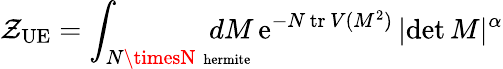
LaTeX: \mathcal{Z}_{\mathrm{{UE}}}=\int_{N\timesN\, \mathrm{{\scriptsize~hermite}}}\! \! \! \! \! \! \! \! \! \! dM\, \mathrm{{e}}^{-N\, \mathrm{{tr}}\, V(M^{2})}\, |\mathrm{{det}}\, M|^{\alpha}